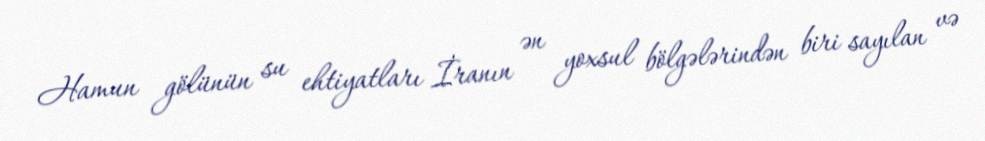
Hamun gölünün su ehtiyatları İranın ən yoxsul bölgələrindən biri sayılan və